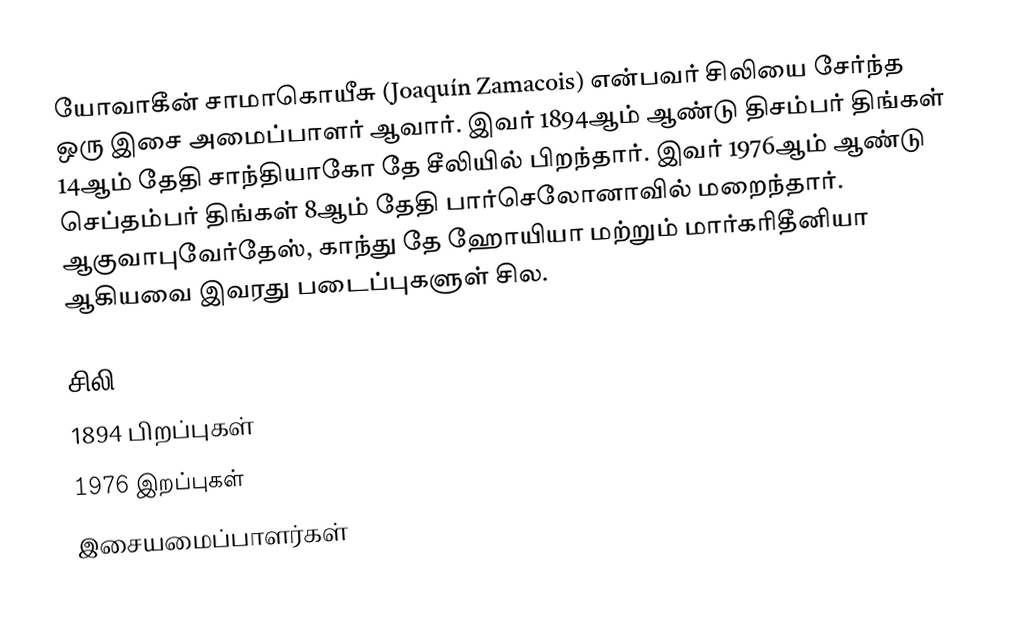
யோவாகீன் சாமாகொயீசு (Joaquín Zamacois) என்பவர் சிலியை சேர்ந்த ஒரு இசை அமைப்பாளர் ஆவார். இவர் 1894ஆம் ஆண்டு திசம்பர் திங்கள் 14ஆம் தேதி சாந்தியாகோ தே சீலியில் பிறந்தார். இவர் 1976ஆம் ஆண்டு செப்தம்பர் திங்கள் 8ஆம் தேதி பார்செலோனாவில் மறைந்தார். ஆகுவாபுவேர்தேஸ், காந்து தே ஹோயியா மற்றும் மார்கரிதீனியா ஆகியவை இவரது படைப்புகளுள் சில.

சிலி
1894 பிறப்புகள்
1976 இறப்புகள்
இசையமைப்பாளர்கள்